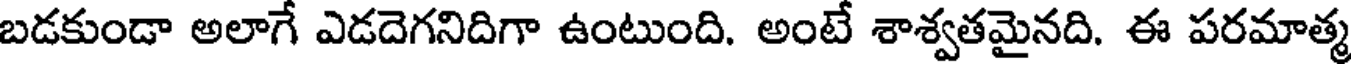
బడకుండా అలాగే ఎడదెగనిదిగా ఉంటుంది. అంటే శాశ్వతమైనది. ఈ పరమాత్మ